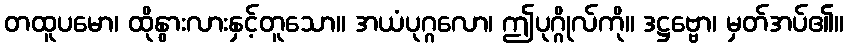
တထူပမော၊ ထိုနွားလားနှင့်တူသော။ အယံပုဂ္ဂလော၊ ဤပုဂ္ဂိုလ်ကို။ ဒဋ္ဌဗ္ဗော၊ မှတ်အပ်၏။